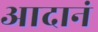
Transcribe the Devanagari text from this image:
आदानं